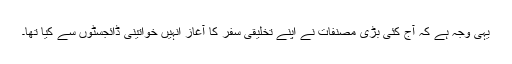
یہی وجہ ہے کہ آج کئی بڑی مصنفات نے اپنے تخلیقی سفر کا آغاز انہیں خواتینی ڈائجسٹوں سے کیا تھا۔